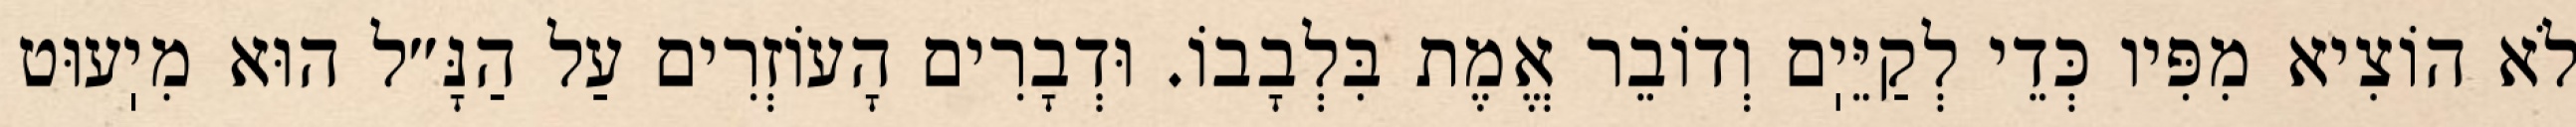
לֹא הוֹצִיא מִפִּיו כְּדֵי לְקַיֵּיֽם וְדוֹבֵר אֱמֶת בִּלְבָבוֹ. וּדְבָרִים הָעוֹזְרִים עַל הַנָּ״ל הוּא מִיֽעוּט